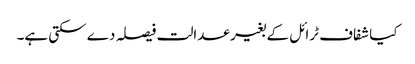
کیا شفاف ٹرائل کے بغیر عدالت فیصلہ دے سکتی ہے۔